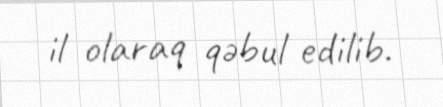
il olaraq qəbul edilib.